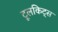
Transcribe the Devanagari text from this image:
टूलकिट्स